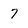
Character: 7